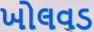
ખોલવડ